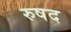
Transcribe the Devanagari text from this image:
रुषद